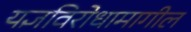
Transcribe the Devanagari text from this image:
यज्ञविरोधामागील